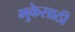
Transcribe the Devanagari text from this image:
भुकेसाठी